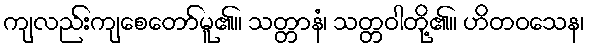
ကျလည်းကျစေတော်မူ၏။ သတ္တာနံ၊ သတ္တဝါတို့၏။ ဟိတဝသေန၊